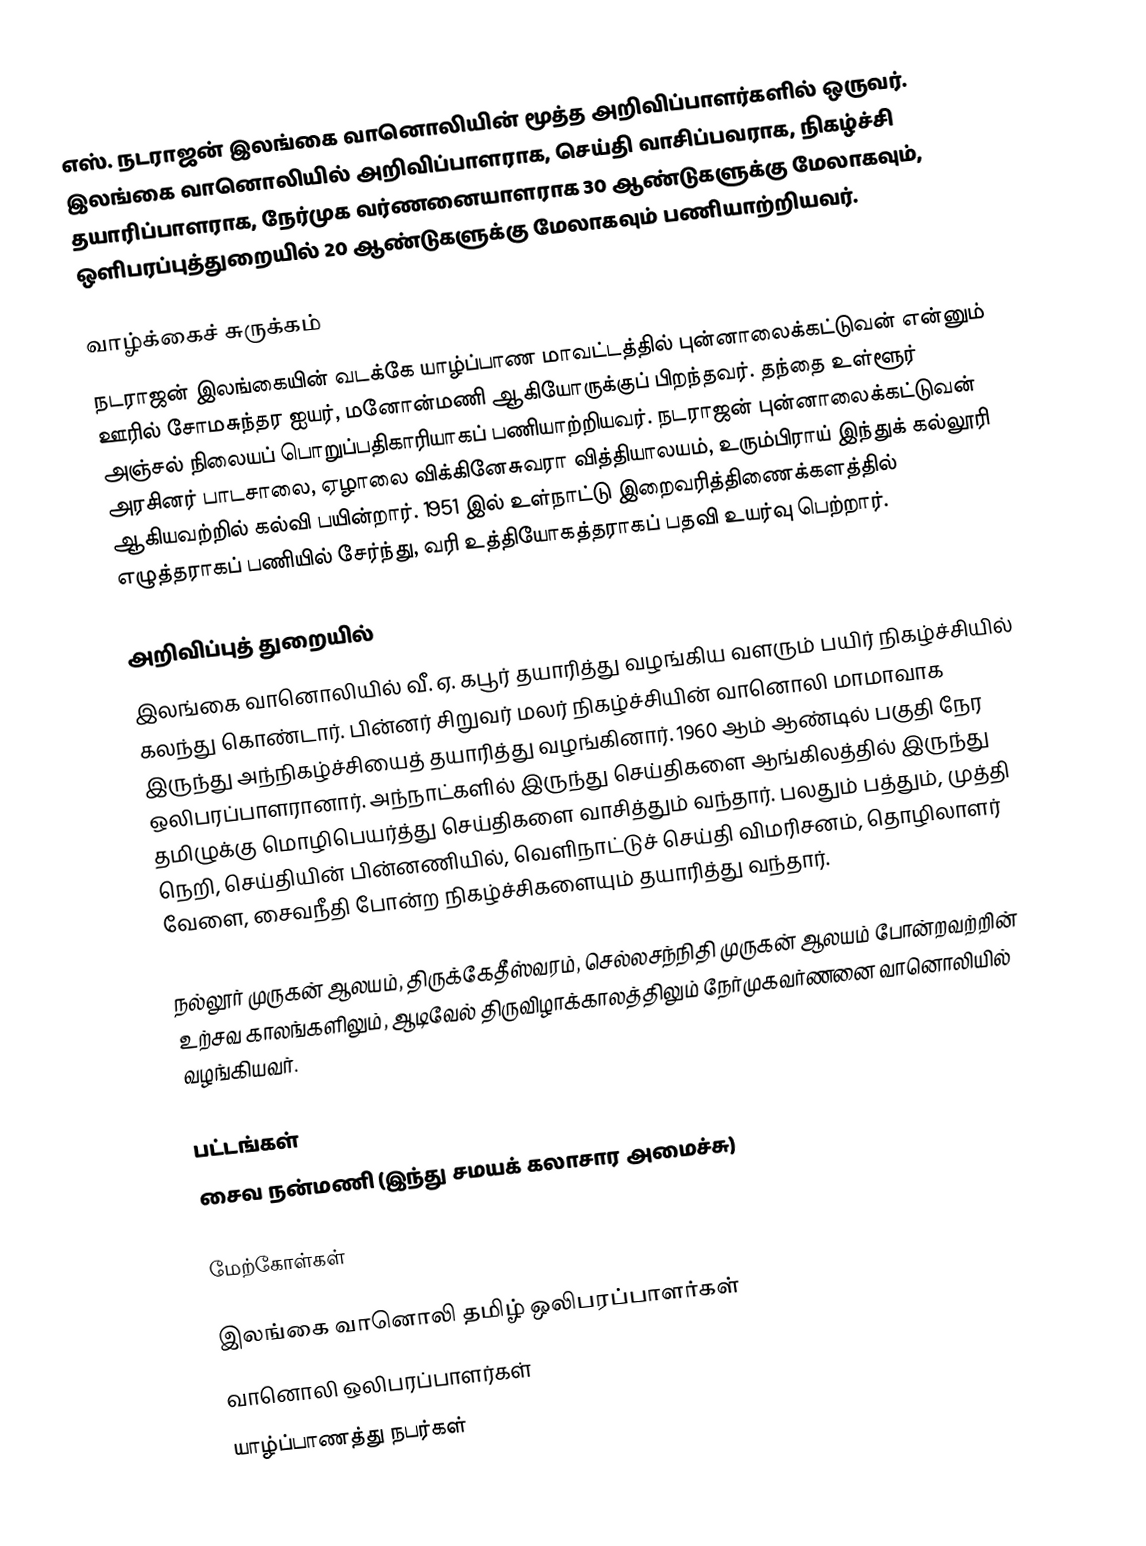
எஸ். நடராஜன் இலங்கை வானொலியின் மூத்த அறிவிப்பாளர்களில் ஒருவர். இலங்கை வானொலியில் அறிவிப்பாளராக, செய்தி வாசிப்பவராக, நிகழ்ச்சி தயாரிப்பாளராக, நேர்முக வர்ணனையாளராக 30 ஆண்டுகளுக்கு மேலாகவும், ஒளிபரப்புத்துறையில் 20 ஆண்டுகளுக்கு மேலாகவும் பணியாற்றியவர்.

வாழ்க்கைச் சுருக்கம்
நடராஜன் இலங்கையின் வடக்கே யாழ்ப்பாண மாவட்டத்தில் புன்னாலைக்கட்டுவன் என்னும் ஊரில் சோமசுந்தர ஐயர், மனோன்மணி ஆகியோருக்குப் பிறந்தவர். தந்தை உள்ளூர் அஞ்சல் நிலையப் பொறுப்பதிகாரியாகப் பணியாற்றியவர். நடராஜன் புன்னாலைக்கட்டுவன் அரசினர் பாடசாலை, ஏழாலை விக்கினேசுவரா வித்தியாலயம், உரும்பிராய் இந்துக் கல்லூரி ஆகியவற்றில் கல்வி பயின்றார். 1951 இல் உள்நாட்டு இறைவரித்திணைக்களத்தில் எழுத்தராகப் பணியில் சேர்ந்து, வரி உத்தியோகத்தராகப் பதவி உயர்வு பெற்றார்.

அறிவிப்புத் துறையில்
இலங்கை வானொலியில் வீ. ஏ. கபூர் தயாரித்து வழங்கிய வளரும் பயிர் நிகழ்ச்சியில் கலந்து கொண்டார். பின்னர் சிறுவர் மலர் நிகழ்ச்சியின் வானொலி மாமாவாக இருந்து அந்நிகழ்ச்சியைத் தயாரித்து வழங்கினார். 1960 ஆம் ஆண்டில் பகுதி நேர ஒலிபரப்பாளரானார். அந்நாட்களில் இருந்து செய்திகளை ஆங்கிலத்தில் இருந்து தமிழுக்கு மொழிபெயர்த்து செய்திகளை வாசித்தும் வந்தார். பலதும் பத்தும், முத்தி நெறி, செய்தியின் பின்னணியில், வெளிநாட்டுச் செய்தி விமரிசனம், தொழிலாளர் வேளை, சைவநீதி போன்ற நிகழ்ச்சிகளையும் தயாரித்து வந்தார்.

நல்லூர் முருகன் ஆலயம், திருக்கேதீஸ்வரம், செல்லசந்நிதி முருகன் ஆலயம் போன்றவற்றின் உற்சவ காலங்களிலும், ஆடிவேல் திருவிழாக்காலத்திலும் நேர்முகவர்ணனை வானொலியில் வழங்கியவர்.

பட்டங்கள்
சைவ நன்மணி (இந்து சமயக் கலாசார அமைச்சு)

மேற்கோள்கள்

இலங்கை வானொலி தமிழ் ஒலிபரப்பாளர்கள்
வானொலி ஒலிபரப்பாளர்கள்
யாழ்ப்பாணத்து நபர்கள்